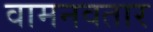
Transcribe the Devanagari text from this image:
वामनवतार